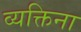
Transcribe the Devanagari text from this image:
व्यक्तिना